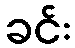
ခင်း